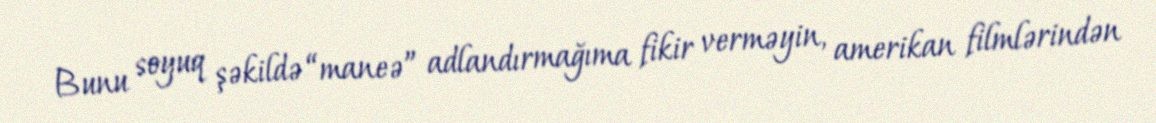
Bunu soyuq şəkildə “maneə” adlandırmağıma fikir verməyin, amerikan filmlərindən